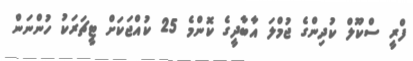
ފްރީ ސްކޫލް ކުދިންގެ ޖުމްލަ އާބާދީގެ ކޮންމެ 25 ކުއްޖަކަށް ޓީޗަރަކު ހުންނަން